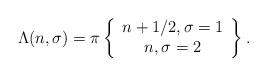
LaTeX: \begin{align*}\Lambda(n, \sigma) = \pi \left\{ \begin{array}{c} n + 1/2, \sigma =1 \\ n, \sigma =2 \end{array} \right\} .\end{align*}